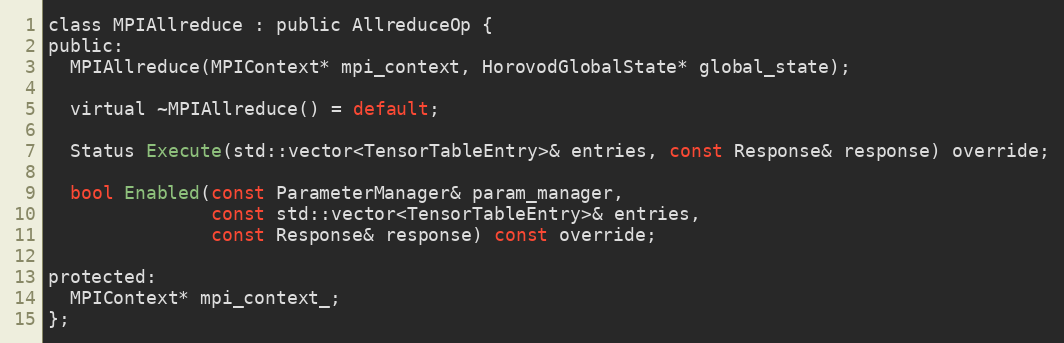
Language: C
class MPIAllreduce : public AllreduceOp {
public:
  MPIAllreduce(MPIContext* mpi_context, HorovodGlobalState* global_state);

  virtual ~MPIAllreduce() = default;

  Status Execute(std::vector<TensorTableEntry>& entries, const Response& response) override;

  bool Enabled(const ParameterManager& param_manager,
               const std::vector<TensorTableEntry>& entries,
               const Response& response) const override;

protected:
  MPIContext* mpi_context_;
};